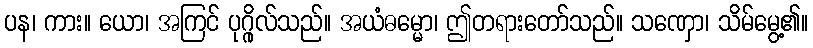
ပန၊ ကား။ ယော၊ အကြင် ပုဂ္ဂိုလ်သည်။ အယံဓမ္မော၊ ဤတရားတော်သည်။ သဏှော၊ သိမ်မွေ့၏။